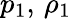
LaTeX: p_{1},\, \rho_{1}